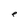
Character: e